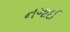
નગાઈ